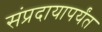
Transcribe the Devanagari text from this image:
संप्रदायापर्यंत